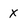
Character: x